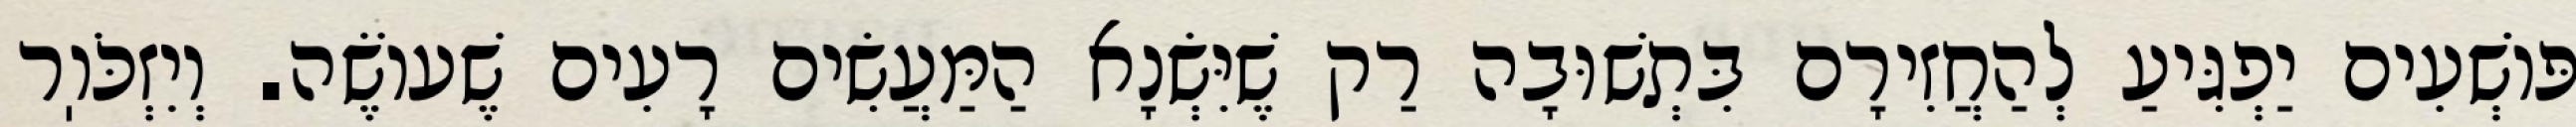
פּוֹשְׁעִים יַפְגִּיעַ לְהַחֲזִירָם בִּתְשׁוּבָה רַק שֶׁיִּשְׂנָא הַמַּעֲשִׂים רָעִים שֶׁעוֹשֶׂה. וְיִזְכֹּוֽר